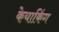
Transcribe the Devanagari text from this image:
केयाकिंग